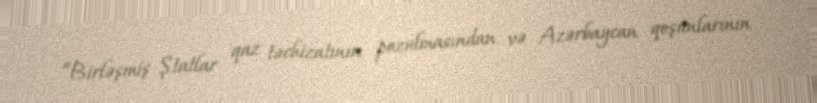
“Birləşmiş Ştatlar qaz təchizatının pozulmasından və Azərbaycan qoşunlarının